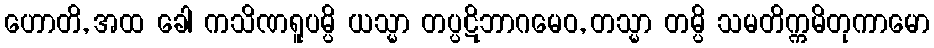
ဟောတိ, အထ ခေါ ကသိဏရူပမ္ပိ ယသ္မာ တပ္ပဋိဘာဂမေဝ, တသ္မာ တမ္ပိ သမတိက္ကမိတုကာမော